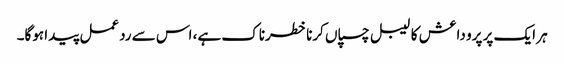
ہر ایک پر پرو داعش کا لیبل چسپاں کرنا خطرناک ہے، اس سے ردعمل پیدا ہوگا۔